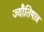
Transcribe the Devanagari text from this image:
ज्यौतिषात्र